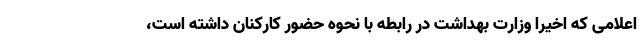
اعلامی که اخیرا وزارت بهداشت در رابطه با نحوه حضور کارکنان داشته است،